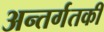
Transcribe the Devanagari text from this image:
अन्तर्गतकी